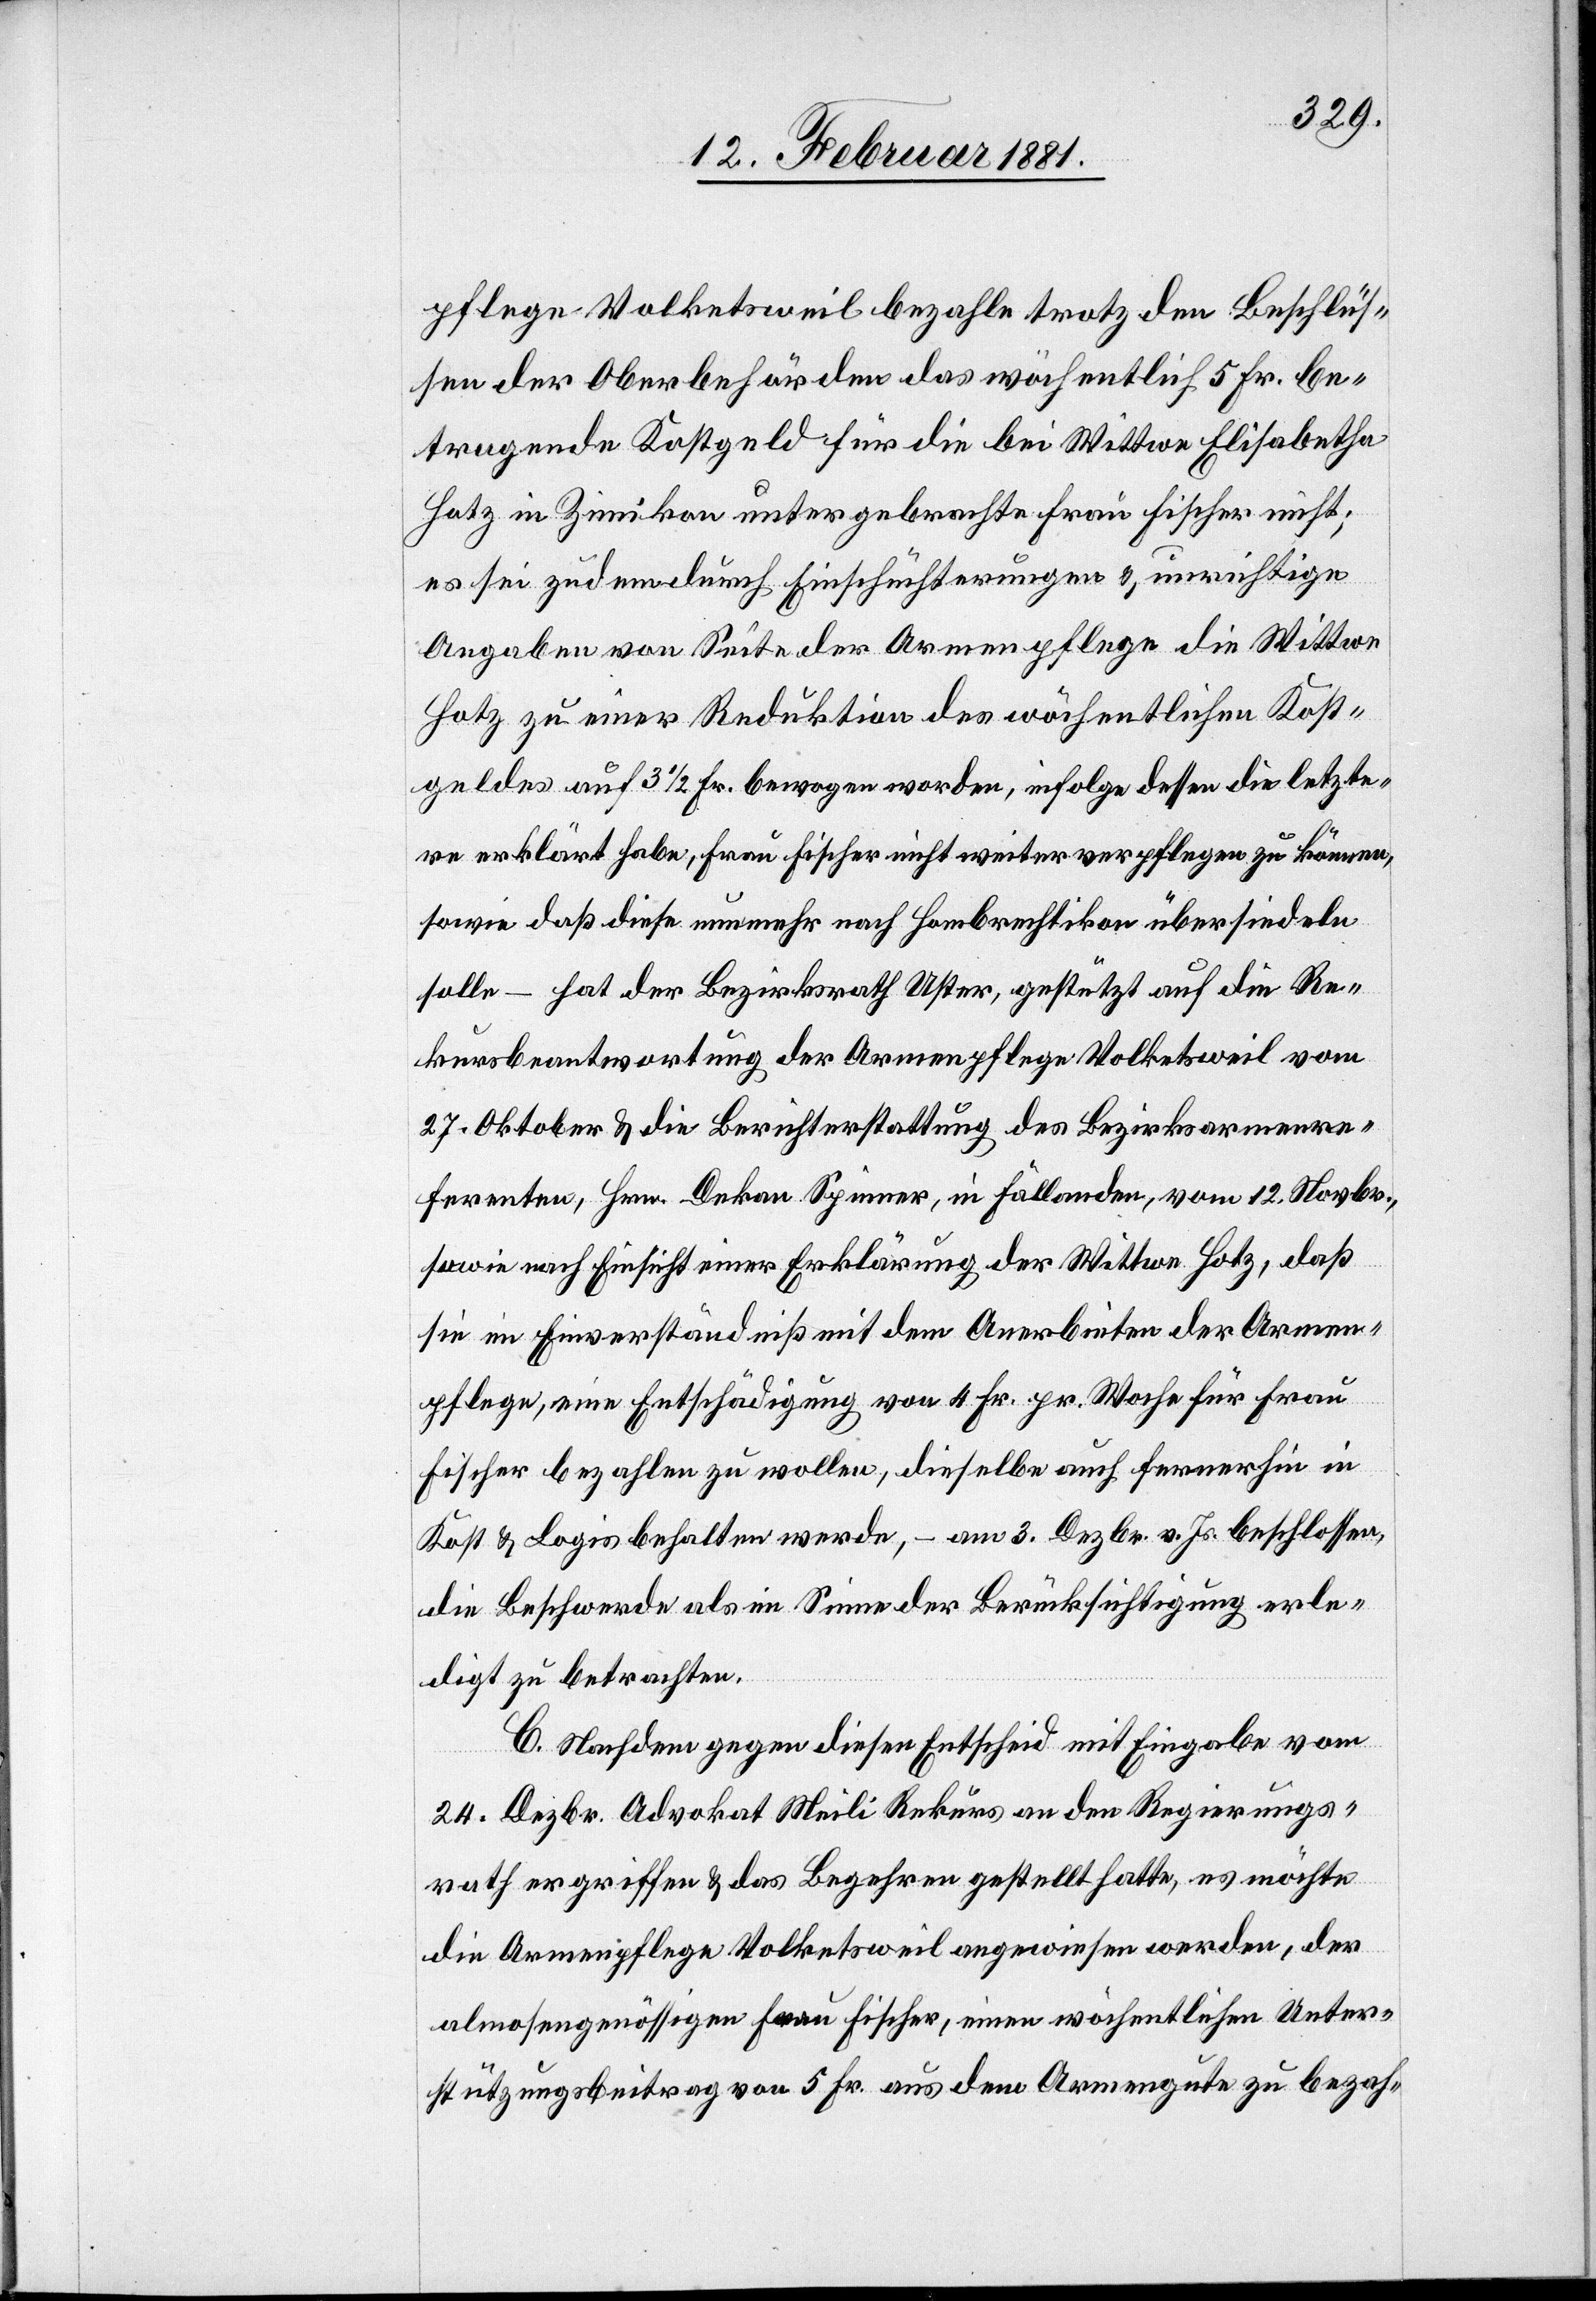
pflege Volketsweil bezahle trotz den Beschlüs¬
sen der Oberbehörden den das wöchentlich 5 Fr. be¬
tragende Kostgeld für die bei Wittwe Elisabetha
Hotz in Zimikon untergebrachte Frau Fischer nicht;
es sei zudem durch Einschüchterungen & unrichtige
Angaben von Seite der Armenpflege die Wittwe
Hotz zu einer Reduktion des wöchentlichen Kost¬
geldes auf 3 1/2 Fr. bewogen worden, infolge dessen die letzte¬
re erklärt habe, Frau Fischer nicht weiter verpflegen zu können,
sowie daß diese nunmehr nach Hombrechtikon übersiedeln
solle – hat der Bezirksrath Uster, gestützt auf die Re¬
kursbeantwortung der Armenpflege Volketsweil vom
27. Oktober & die Berichterstattung des Bezirksarmenre¬
ferenten , Hrn. Dekan Spinner, in Fällanden, vom 12. Novbr.,
sowie nach Einsicht einer Erklärung der Wittwe Hotz, daß
sie im Einverständniß mit dem Anerbieten der Armen¬
pflege, eine Entschädigung von 4 Fr. pr. Woche für Frau
Fischer & Logis behalten werde, – am 3. Dezbr. v. Js. beschlossen,
die Beschwerde als im Sinne der Berücksichtigung erle¬
digt zu betrachten.
C. Nachdem gegen diesen Entscheid mit Eingabe vom
24. Dezbr. Advokat Meili Rekurs an den Regierungs¬
rath ergriffen & das Begehren gestellt hatte, es möchte
die Armenpflege Volketsweil angewiesen werden, der
almosengenössigen Frau Fischer, einen wöchentlichen Unter¬
stützungsbeitrag von 5 Fr. aus dem Armengute zu bezah-